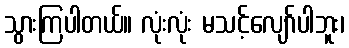
သွားကြပါတယ်။ လုံးလုံး မသင့်လျော်ပါဘူး၊